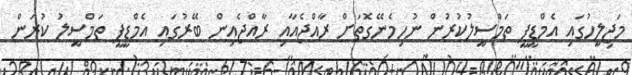
މަޖިލީހުގައި އެމްޑީޕީ ތަމްސީލުކުރުން ނުހިމެނޭގޮަތަށް ރާއްޖެއާއި ރާއްޖެއިން ބޭރުގައި އެމްޑީޕީ ތަމްސީލު ކުރަން